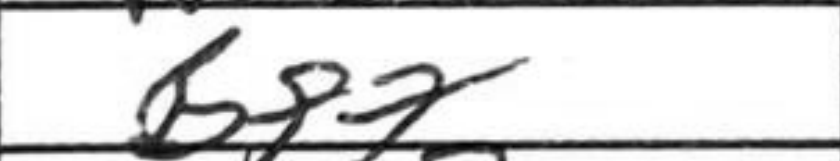
Transcription: Bf7